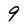
Character: 9